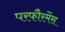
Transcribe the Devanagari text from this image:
परफौरमेंस